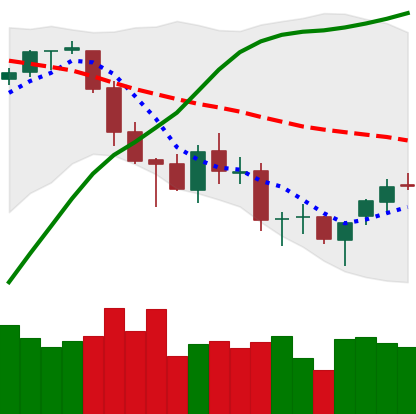
Ticker: BTC-USD
Chart end date: 2018-03-21
Forward return: -8.062%
Label: down_7plus